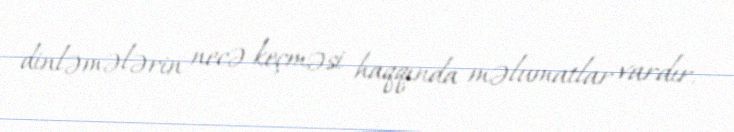
dinləmələrin necə keçməsi haqqında məlumatlar vardır.